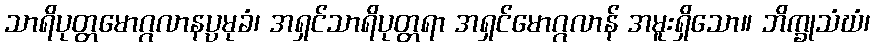
သာရိပုတ္တမောဂ္ဂလာနပ္ပမုခံ၊ အရှင်သာရိပုတ္တရာ အရှင်မောဂ္ဂလာန် အမူးရှိသော။ ဘိက္ခုသံဃံ၊